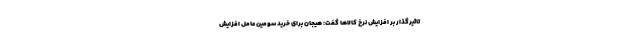
تاثیرگذار بر افزایش نرخ کالاها گفت: هیجان برای خرید سومین عامل افزایش